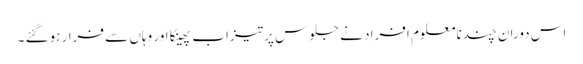
اس دوران چندنامعلوم افراد نے جلوس پر تیزاب پھینکا اور وہاں سے فرار ہوگئے ۔